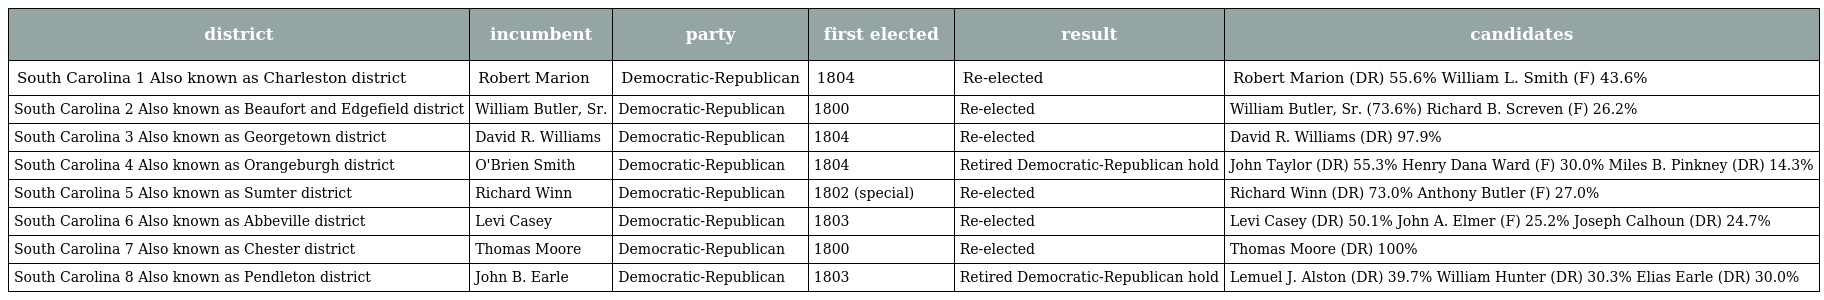
| district | incumbent | party | first elected | result | candidates |
 | --- | --- | --- | --- | --- | --- |
 | South Carolina 1 Also known as Charleston district | Robert Marion | Democratic-Republican | 1804 | Re-elected | Robert Marion (DR) 55.6% William L. Smith (F) 43.6% |
 | South Carolina 2 Also known as Beaufort and Edgefield district | William Butler, Sr. | Democratic-Republican | 1800 | Re-elected | William Butler, Sr. (73.6%) Richard B. Screven (F) 26.2% |
 | South Carolina 3 Also known as Georgetown district | David R. Williams | Democratic-Republican | 1804 | Re-elected | David R. Williams (DR) 97.9% |
 | South Carolina 4 Also known as Orangeburgh district | O'Brien Smith | Democratic-Republican | 1804 | Retired Democratic-Republican hold | John Taylor (DR) 55.3% Henry Dana Ward (F) 30.0% Miles B. Pinkney (DR) 14.3% |
 | South Carolina 5 Also known as Sumter district | Richard Winn | Democratic-Republican | 1802 (special) | Re-elected | Richard Winn (DR) 73.0% Anthony Butler (F) 27.0% |
 | South Carolina 6 Also known as Abbeville district | Levi Casey | Democratic-Republican | 1803 | Re-elected | Levi Casey (DR) 50.1% John A. Elmer (F) 25.2% Joseph Calhoun (DR) 24.7% |
 | South Carolina 7 Also known as Chester district | Thomas Moore | Democratic-Republican | 1800 | Re-elected | Thomas Moore (DR) 100% |
 | South Carolina 8 Also known as Pendleton district | John B. Earle | Democratic-Republican | 1803 | Retired Democratic-Republican hold | Lemuel J. Alston (DR) 39.7% William Hunter (DR) 30.3% Elias Earle (DR) 30.0% |